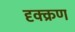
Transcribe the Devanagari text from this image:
दृक्क्रण